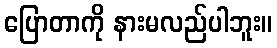
ပြောတာကို နားမလည်ပါဘူး။